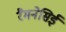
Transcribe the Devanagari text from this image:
रैमनेसिई